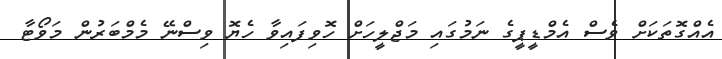
އެއްގޮތަކަށް ވެސް އެމްޑީޕީގެ ނަމުގައި މަޖްލީހަށް ހޮވިފައިވާ ހެޔޮ ވިސްނޭ މެމްބަރުން މަވޯޓާ